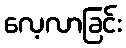
လေ့လာခြင်း